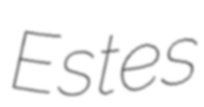
Estes